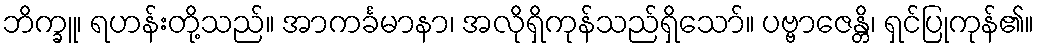
ဘိက္ခူ၊ ရဟန်းတို့သည်။ အာကင်္ခမာနာ၊ အလိုရှိကုန်သည်ရှိသော်။ ပဗ္ဗာဇေန္တိ၊ ရှင်ပြုကုန်၏။